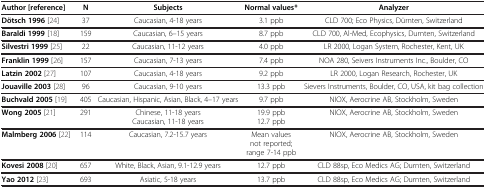
| Author [reference] | N | Subjects | Normal values* | Analyzer |
 | --- | --- | --- | --- | --- |
 | Dötsch 1996 [24] | 37 | Caucasian, 4-18 years | 3.1 ppb | CLD 700; Eco Physics, Dürnten, Switzerland |
 | Baraldi 1999[18] | 159 | Caucasian, 6–15 years | 8.7 ppb | CLD 700, Al-Med, Ecophysics, Durnten, Switzerland |
 | Silvestri 1999[25] | 22 | Caucasian, 11-12 years | 4.0 ppb | LR 2000, Logan System, Rochester, Kent, UK |
 | Franklin 1999[26] | 157 | Caucasian, 7-13 years | 7.4 ppb | NOA 280, Seivers Instruments Inc., Boulder, CO |
 | Latzin 2002[27] | 107 | Caucasian, 4-18 years | 9.2 ppb | LR 2000, Logan Research, Rochester, UK |
 | Jouaville 2003[28] | 96 | Caucasian, 9-10 years | 13.3 ppb | Sievers Instruments, Boulder, CO, USA, kit bag collection |
 | Buchvald 2005[19] | 405 | Caucasian, Hispanic, Asian, Black, 4–17 years | 9.7 ppb | NIOX, Aerocrine AB, Stockholm, Sweden |
 | Wong 2005[21] | 291 | Chinese, 11-18 years | 19.9 ppb | NIOX, Aerocrine AB, Stockholm, Sweden |
 |  |  | Caucasian, 11-18 years | 12.7 ppb |  |
 | Malmberg 2006[22] | 114 | Caucasian, 7.2-15.7 years | Mean values not reported; range 7-14 ppb | NIOX, Aerocrine AB, Stockholm, Sweden |
 | Kovesi 2008[20] | 657 | White, Black, Asian, 9.1-12.9 years | 12.7 ppb | CLD 88sp, Eco Medics AG; Durnten, Switzerland |
 | Yao 2012[23] | 693 | Asiatic, 5-18 years | 13.7 ppb | CLD 88sp, Eco Medics AG; Durnten, Switzerland |